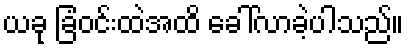
ယခု ခြံဝင်းထဲအထိ ခေါ်လာခဲ့ပါသည်။